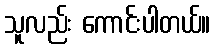
သူလည်း ကောင်းပါတယ်။